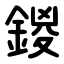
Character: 鍐